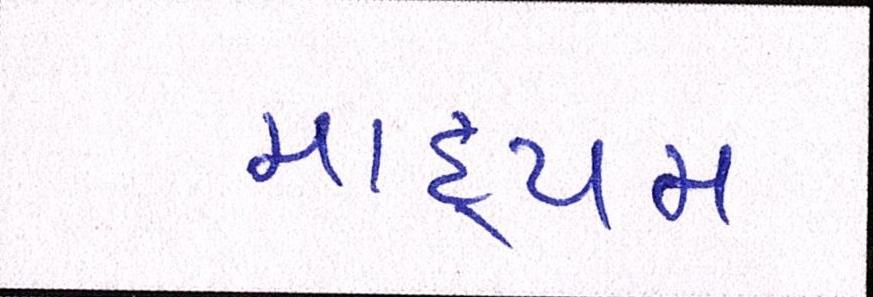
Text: માધ્યમ